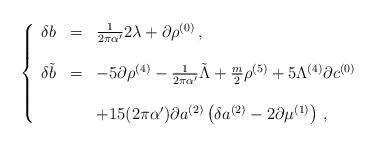
LaTeX: \begin{align*}\left\{\begin{array}{rcl}\delta b & = & \frac{1}{2\pi\alpha^{\prime}}2\lambda +\partial\rho^{(0)}\, ,\\& & \\\delta \tilde{b} & = & -5\partial\rho^{(4)}-\frac{1}{2\pi\alpha^{\prime}}\tilde{\Lambda} +\frac{m}{2}\rho^{(5)} +5\Lambda^{(4)}\partial c^{(0)}\\& & \\& &+15(2\pi\alpha^{\prime})\partial a^{(2)}\left(\delta a^{(2)}-2\partial\mu^{(1)}\right)\, ,\\\end{array}\right.\end{align*}